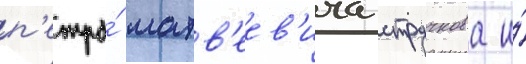
п'етра́ матв'еев'ича стручкова и́